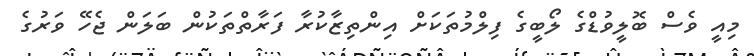
މިއީ ވެސް ބޮލީވުޑްގެ ލޯބީގެ ފިލްމުތަކަށް އިންތިޒާކުރާ ފަރާތްތަކުން ބަލަން ޖެހޭ ވަރުގެ